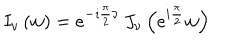
I _ { \nu } \left( w \right) = e ^ { { - \imath \frac { \pi } { 2 } \nu } } \, J _ { \nu } \left( e ^ { { i \frac { \pi } { 2 } } } w \right)